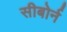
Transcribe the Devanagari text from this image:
सीबोर्न